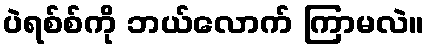
ပဲရစ်စ်ကို ဘယ်လောက် ကြာမလဲ။